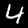
Digit: 4